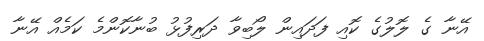
އޭނާ ގެ ލޮލުގެ ކޮއި ފަދައިން ލޯބިވާ ދަރިފުޅު ބުނާކޮންމެ ކަމެއް އޭނާ